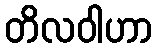
တိလဝါဟာ